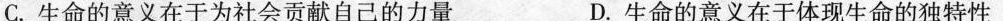
C. 生命的意义在于为社会贡献自己的力量 D. 生命的意义在于体现生命的独特性